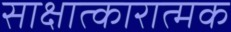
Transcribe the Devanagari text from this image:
साक्षात्कारात्मक